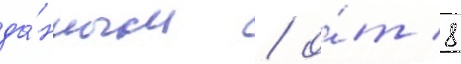
да́нным / о́т 8